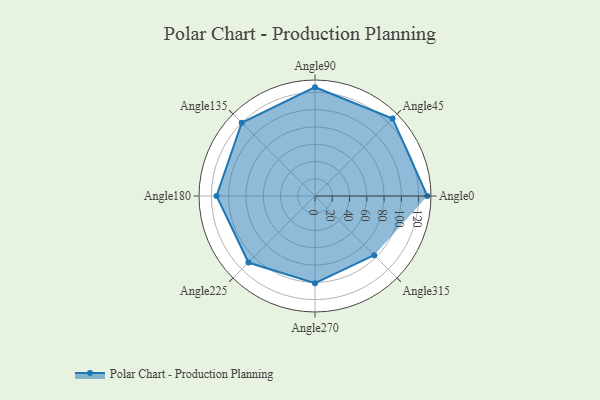
{"axis": {"x": "Angle", "y": "Radius"}, "legend": [""], "data": [{"x": "Angle0", "y": 130.0, "type": ""}, {"x": "Angle45", "y": 127.0, "type": ""}, {"x": "Angle90", "y": 126.0, "type": ""}, {"x": "Angle135", "y": 120.0, "type": ""}, {"x": "Angle180", "y": 114.0, "type": ""}, {"x": "Angle225", "y": 109.0, "type": ""}, {"x": "Angle270", "y": 101.0, "type": ""}, {"x": "Angle315", "y": 97.0, "type": ""}]}